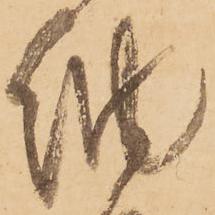
納